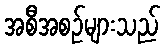
အစီအစဉ်များသည်